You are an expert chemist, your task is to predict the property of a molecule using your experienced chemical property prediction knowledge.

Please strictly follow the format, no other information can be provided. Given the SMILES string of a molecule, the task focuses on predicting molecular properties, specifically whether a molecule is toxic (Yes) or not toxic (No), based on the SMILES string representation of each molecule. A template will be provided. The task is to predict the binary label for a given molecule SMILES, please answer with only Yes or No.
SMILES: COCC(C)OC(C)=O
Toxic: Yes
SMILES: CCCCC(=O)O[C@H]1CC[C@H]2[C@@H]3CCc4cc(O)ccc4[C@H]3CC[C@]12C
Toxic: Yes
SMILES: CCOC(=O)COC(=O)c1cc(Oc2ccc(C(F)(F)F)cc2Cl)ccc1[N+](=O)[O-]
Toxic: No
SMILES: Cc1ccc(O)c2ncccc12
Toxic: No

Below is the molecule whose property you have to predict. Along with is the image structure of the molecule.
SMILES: O=C(O)Cc1ccccc1Oc1ccc(Cl)cc1Cl
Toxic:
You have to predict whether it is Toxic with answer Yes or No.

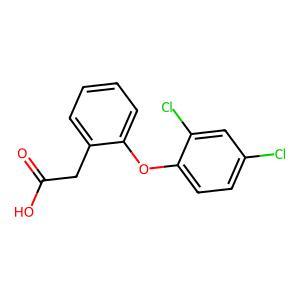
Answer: No